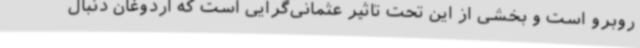
روبرو است و بخشی از این تحت تاثیر عثمانی‌گرایی است که اردوغان دنبال